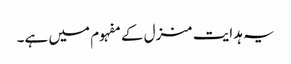
یہ ہدایت منزل کے مفہوم میں ہے۔